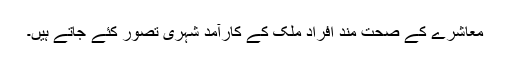
معاشرے کے صحت مند افراد ملک کے کارآمد شہری تصور کئے جاتے ہیں۔